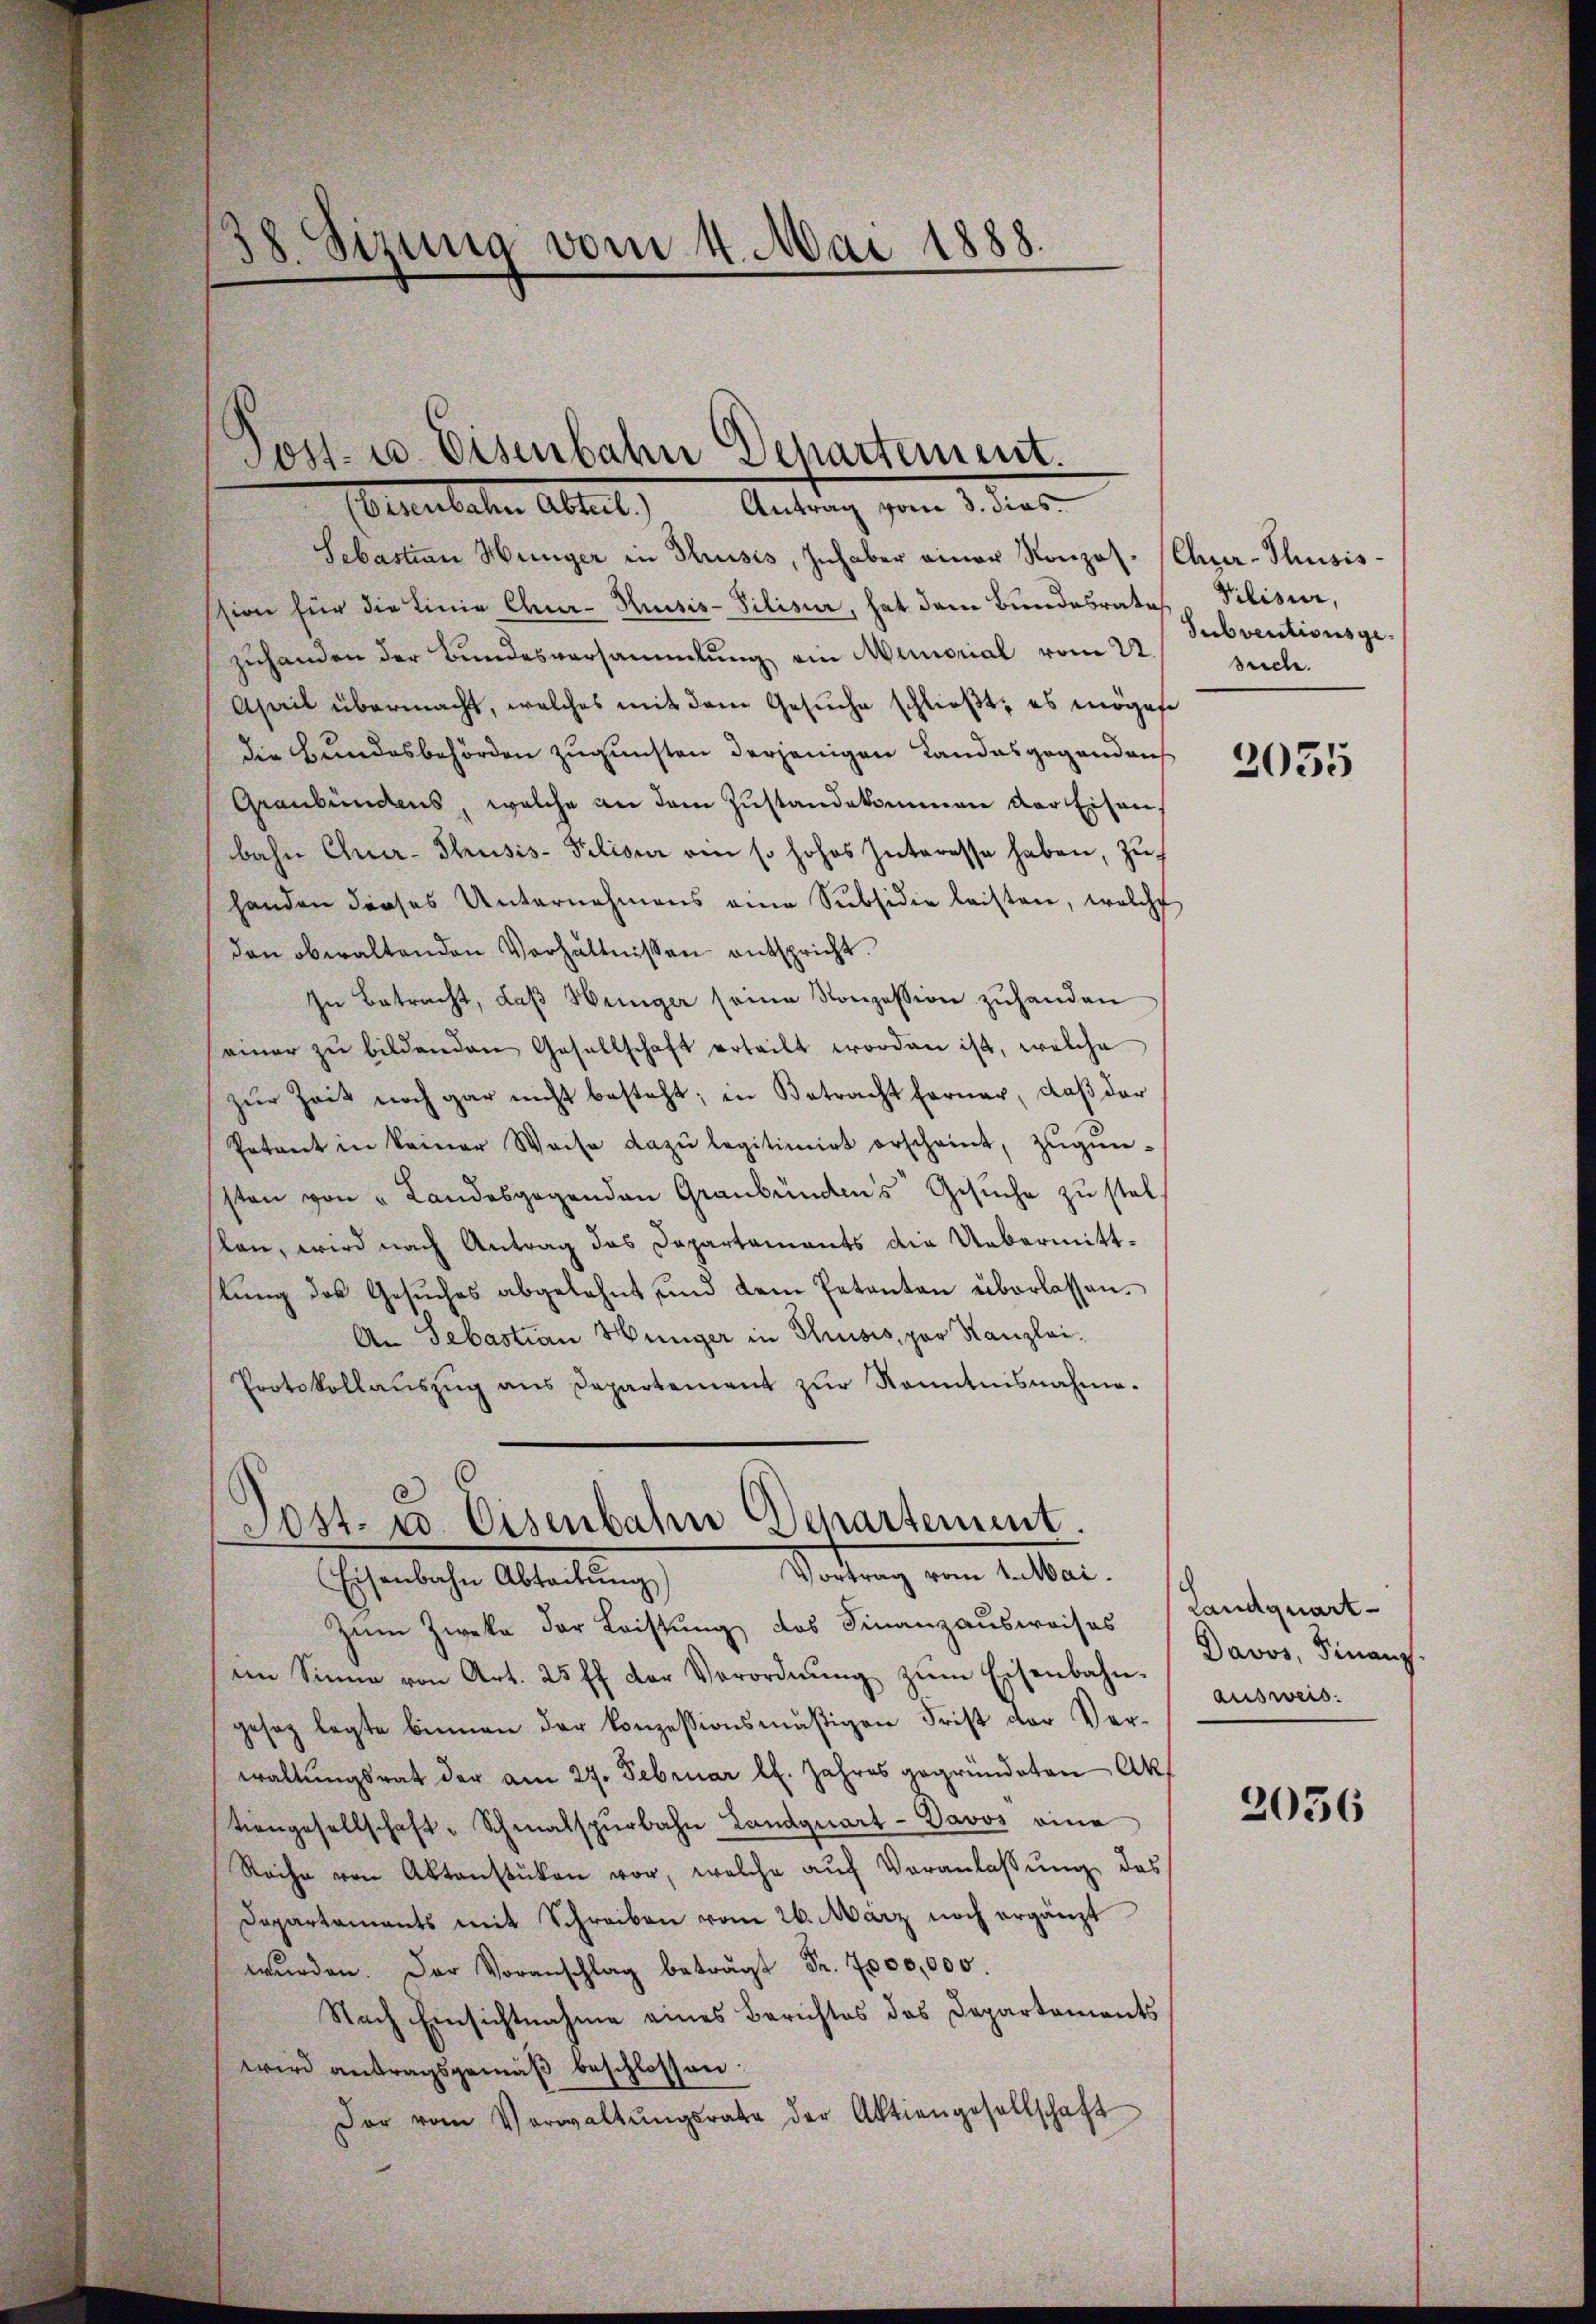
38. Sizung vom 4. Mai 1888.

Sebastian Hünger in Krisis, Inhaber einer Konzes. (Chur-Thusission für die Linie Chur-Kuisis-Silisir, hat dem Bŭndesrates. Pilisier,
zuhanden der Bundesversammlung ein Memorial vom 22.
Aseil übermacht, welches mit dem Gesuche schließt, es mögen
die Bundesbehörden zugunsten derjenigen Landesgegandaus
Graubündens, welche an dem Zustandekommen der Eisen,
bahn Chur-Thusis-Pilisier ein so hohes Interesse haben, zuhanden dieses Unternehmens eine Subsidie leisten, welche
den obwaltenden Verhältnissen entspricht.
In Betracht, daβ Heiniger seine Konzession zuhanden
einer zŭ bildenden Gesellschaft erteilt worden ist, welche
zŭr Zeit noch gar nicht besteht; in Betracht ferner, daß der
Potant in keiner Weise dazŭ legitimirt erscheint, zŭgŭn-
sten von " Landesgegenden Graubündens Gesuche zu stel
lan, wird nach Antrag das Dapartaments die Uebermitttŭng des Gesŭches abgelehnt und dem Petenten überlassen.
An Sebastian Hünger in Thusis, par Kanzlei¬
Protokollaŭszŭg ans Departement zŭr Kenntnisnahme.
Post- u. Eisenbahn Departement.
Sortung vom 1. er
Eisenbahn Abteilŭng
zum Zwecke der Leistung des Finanzausweises
im Sinne von Art. 25 ff. der Verordnŭng zŭm Eisenbahn. Davos, Finanz
gesez legte binnen der konzessionsmäßigen Frist der Ver-
waltungsrat der am 27. Februar lt. Jahres gegründeten Ak
tiengesellschaft - Schmalspurbahn Landquart - Davos eine
Rache von Aktenstüken vor, welche auf Veranlassung des
Dapartaments mit Schreiben vom 26. März noch ergänzt
wŭrden. Der Voranschlag beträgt Fr. 7000,000.
Nach Einsichtnahme eines Berichtes des Departements
wird antragsgemäß beschlossen:
Der vom Vorwaltŭngsrate der Aktiengesellschaft

Sost- u. Eisenbahn Departement.
(Eisenbahn Abteil.) Antrag vom 3. dies

Subventionsgesreche.

2055

Landquart-
ausweis.

2056